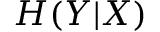
H ( Y | X )